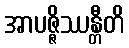
အာပဇ္ဇိဿန္တီတိ